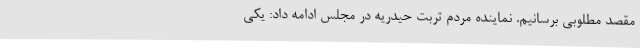
مقصد مطلوبی برسانیم. نماینده مردم تربت حیدریه در مجلس ادامه داد: یکی